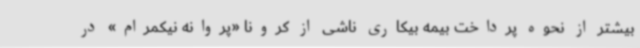
بیشتر از نحوه پرداخت بیمه بیکاری ناشی از کرونا «پروانه نیکمرام» در